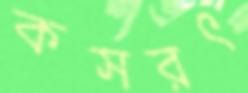
কসরৎ